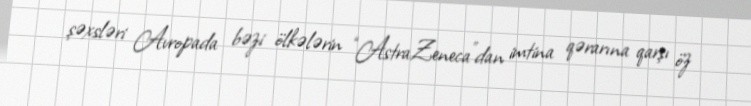
şəxsləri Avropada bəzi ölkələrin “AstraZeneca”dan imtina qərarına qarşı öz